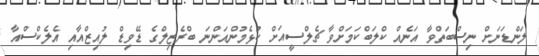
ލަންޑަނަށް ނިސްބަތްވާ އަނެއް ކްލަބްކަމަށްވާ ޗެލްސީއަށް ކުޅެމުންއަންނަ ބްރެޒިލްގެ ޑޭވިޑް ލުއިޒްއާއި އެލެކްސްއާ